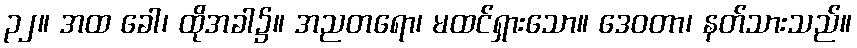
၃၂။ အထ ခေါ၊ ထိုအခါ၌။ အညတရော၊ မထင်ရှားသော။ ဒေဝတာ၊ နတ်သားသည်။